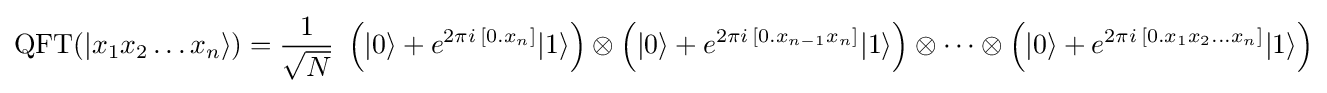
{\text{QFT}}(|x_{1}x_{2}\ldots x_{n}\rangle )={\frac {1}{\sqrt {N}}}\ \left(|0\rangle +e^{2\pi i\,[0.x_{n}]}|1\rangle \right)\otimes \left(|0\rangle +e^{2\pi i\,[0.x_{n-1}x_{n}]}|1\rangle \right)\otimes \cdots \otimes \left(|0\rangle +e^{2\pi i\,[0.x_{1}x_{2}\ldots x_{n}]}|1\rangle \right)